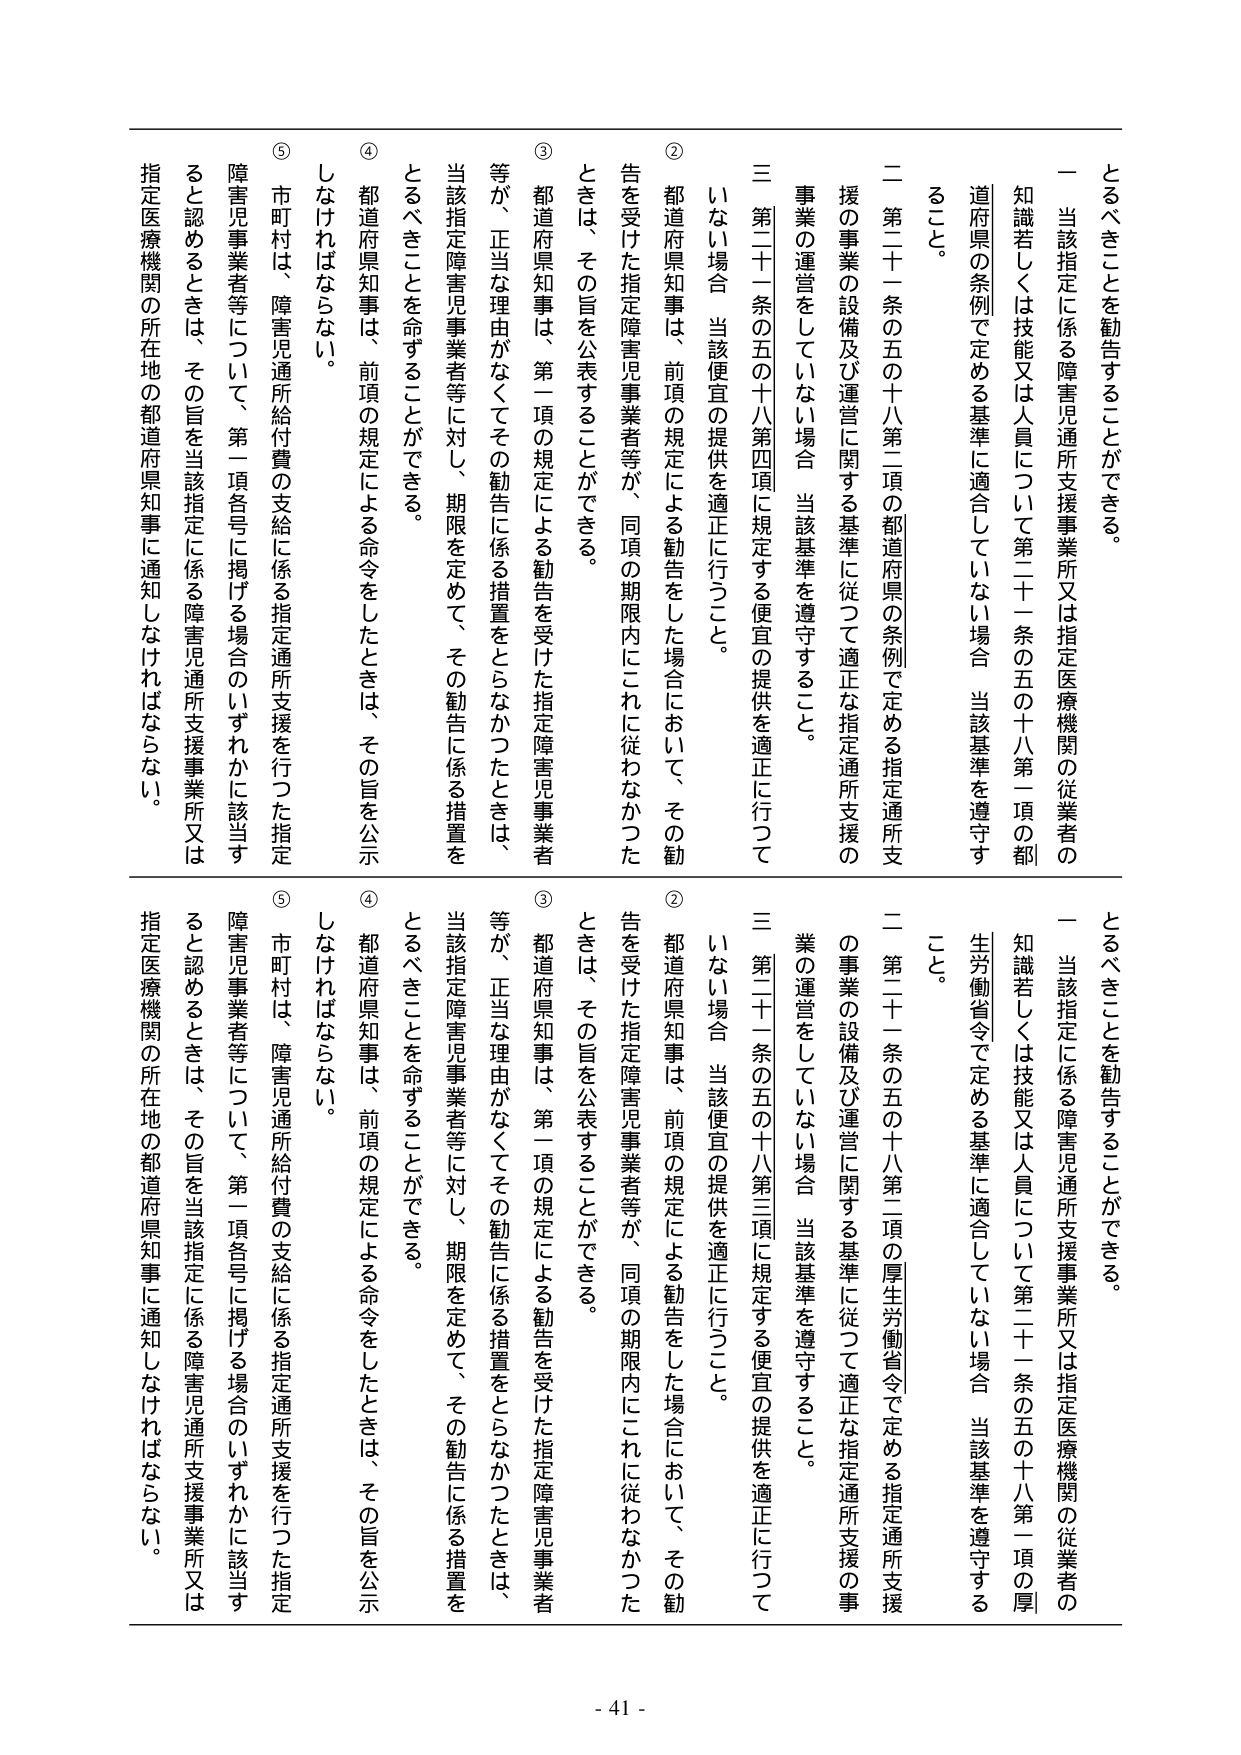
とるべきことを勧告することができる。

一 当該指定に係る障害児通所支援事業所又は指定医療機関の従業者の知識若しくは技能又は人員について第二十一条の五の十八第一項の都道府県の条例で定める基準に適合していない場合 当該基準を遵守すること。

二 第二十一条の五の十八第二項の都道府県の条例で定める指定通所支援の事業の設備及び運営に関する基準に従って適正な指定通所支援の事業の運営をしていない場合 当該基準を遵守すること。

三 第二十一条の五の十八第四項に規定する便宜の提供を適正に行っていない場合 当該便宜の提供を適正に行うこと。

② 都道府県知事は、前項の規定による勧告をした場合において、その勧告を受けた指定障害児事業者等が、同項の期限内にこれに従わなかったときは、その旨を公表することができる。

③ 都道府県知事は、第一項の規定による勧告を受けた指定障害児事業者等が、正当な理由がなくてその勧告に係る措置をとらなかったときは、当該指定障害児事業者等に対し、期限を定めて、その勧告に係る措置をとるべきことを命ずることができる。

④ 都道府県知事は、前項の規定による命令をしたときは、その旨を公示しなければならない。

⑤ 市町村は、障害児通所給付費の支給に係る指定通所支援を行った指定障害児事業者等について、第一項各号に掲げる場合のいずれかに該当すると認めるときは、その旨を当該指定に係る障害児通所支援事業所又は指定医療機関の所在地の都道府県知事に通知しなければならない。

とるべきことを勧告することができる。

一 当該指定に係る障害児通所支援事業所又は指定医療機関の従業者の知識若しくは技能又は人員について第二十一条の五の十八第一項の厚生労働省令で定める基準に適合していない場合 当該基準を遵守すること。

二 第二十一条の五の十八第二項の厚生労働省令で定める指定通所支援の事業の設備及び運営に関する基準に従って適正な指定通所支援の事業の運営をしていない場合 当該基準を遵守すること。

三 第二十一条の五の十八第三項に規定する便宜の提供を適正に行っていない場合 当該便宜の提供を適正に行うこと。

② 都道府県知事は、前項の規定による勧告をした場合において、その勧告を受けた指定障害児事業者等が、同項の期限内にこれに従わなかったときは、その旨を公表することができる。

③ 都道府県知事は、第一項の規定による勧告を受けた指定障害児事業者等が、正当な理由がなくてその勧告に係る措置をとらなかったときは、当該指定障害児事業者等に対し、期限を定めて、その勧告に係る措置をとるべきことを命ずることができる。

④ 都道府県知事は、前項の規定による命令をしたときは、その旨を公示しなければならない。

⑤ 市町村は、障害児通所給付費の支給に係る指定通所支援を行った指定障害児事業者等について、第一項各号に掲げる場合のいずれかに該当すると認めるときは、その旨を当該指定に係る障害児通所支援事業所又は指定医療機関の所在地の都道府県知事に通知しなければならない。

- 41 -